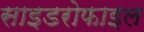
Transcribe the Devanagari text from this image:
साइडरोफाइल